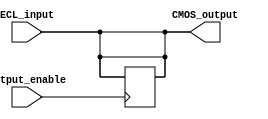
module ECL_buffer (
    input wire ECL_input,
    output reg CMOS_output,
    input wire output_enable
);

assign CMOS_output = ECL_input;

always @(posedge output_enable) begin
    if (output_enable) begin
        CMOS_output <= ECL_input;
    end
end

endmodule